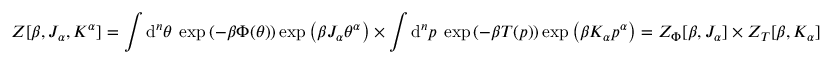
Z [ \beta , J _ { \alpha } , K ^ { \alpha } ] = \int \mathrm { d } ^ { n } \theta \: \exp \left( - \beta \Phi ( \theta ) \right) \exp \left( \beta J _ { \alpha } \theta ^ { \alpha } \right) \times \int \mathrm { d } ^ { n } p \: \exp \left( - \beta T ( p ) \right) \exp \left( \beta K _ { \alpha } p ^ { \alpha } \right) = Z _ { \Phi } [ \beta , J _ { \alpha } ] \times Z _ { T } [ \beta , K _ { \alpha } ]